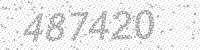
Solution: 487420